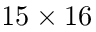
1 5 \times 1 6